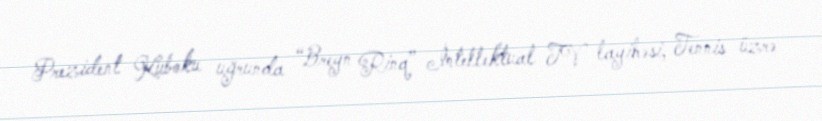
Prezident Kuboku uğrunda “Breyn Rinq” İntellektual TV layihəsi, Tennis üzrə